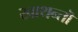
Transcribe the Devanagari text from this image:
खाथन्तॊ